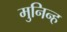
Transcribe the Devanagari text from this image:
मुनिन्ह